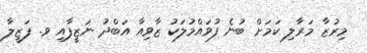
މިރުޒާ މަރާލި ކަމަށް ބުނެ ފުވައްމުލަކު ޒާވިއާ އަބްދު ނަޒީފާއި ވ. ފަޒީލާ